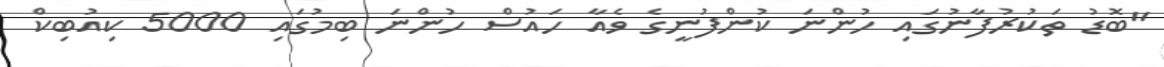
"ބޮޑު ތަކުރުފާނުގައި ހުންނަ ކުންފުނީގެ ވެއާ ހައުސް ހުންނަ ބިމުގައި 5000 ކިއުބިކް